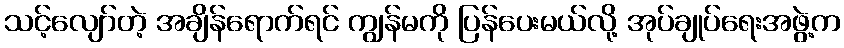
သင့်လျော်တဲ့ အချိန်ရောက်ရင် ကျွန်မကို ပြန်ပေးမယ်လို့ အုပ်ချုပ်ရေးအဖွဲ့က